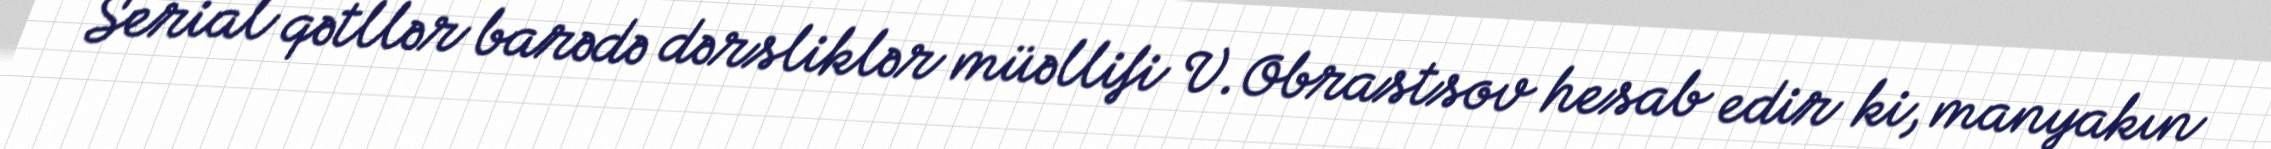
Serial qətllər barədə dərsliklər müəllifi V.Obrastsov hesab edir ki, manyakın